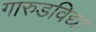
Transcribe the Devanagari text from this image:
गारुडविद्या